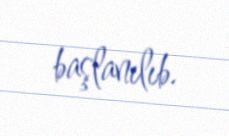
başlanılıb.